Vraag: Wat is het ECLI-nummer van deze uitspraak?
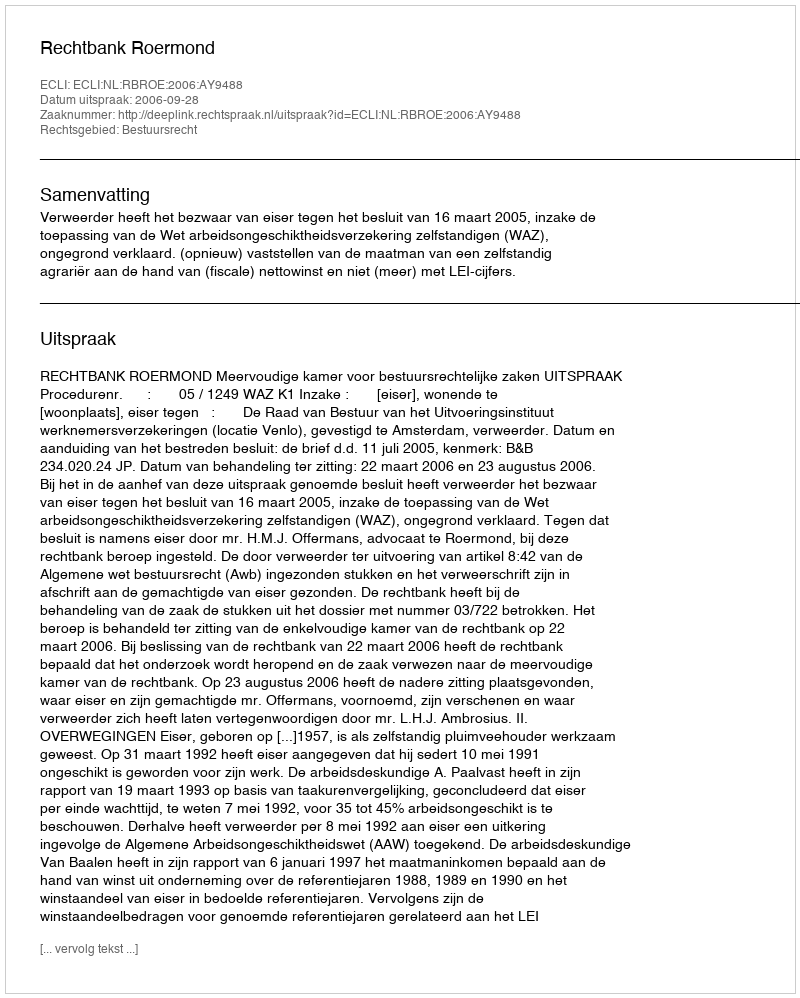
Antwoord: ECLI:NL:RBROE:2006:AY9488